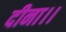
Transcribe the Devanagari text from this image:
दीना।।